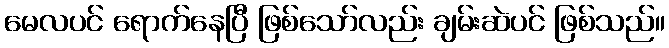
မေလပင် ရောက်နေပြီ ဖြစ်သော်လည်း ချမ်းဆဲပင် ဖြစ်သည်။